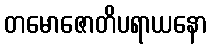
တမောဇောတိပရာယနော